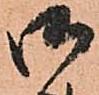
御